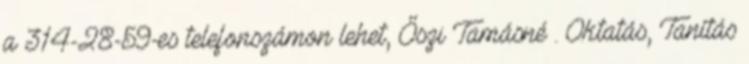
a 314-28-59-es telefonszámon lehet, Őszi Tamásné . Oktatás, Tanítás